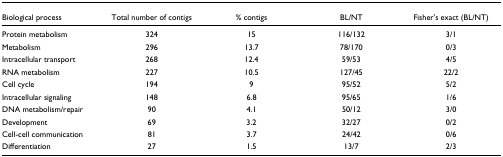
<table><thead><tr><td><b>Biological process</b></td><td><b>Total number of contigs</b></td><td><b>% contigs</b></td><td><b>BL/NT</b></td><td><b>Fisher&#x27;s exact (BL/NT)</b></td></tr></thead><tbody><tr><td>Protein metabolism</td><td>324</td><td>15</td><td>116/132</td><td>3/1</td></tr><tr><td>Metabolism</td><td>296</td><td>13.7</td><td>78/170</td><td>0/3</td></tr><tr><td>Intracellular transport</td><td>268</td><td>12.4</td><td>59/53</td><td>4/5</td></tr><tr><td>RNA metabolism</td><td>227</td><td>10.5</td><td>127/45</td><td>22/2</td></tr><tr><td>Cell cycle</td><td>194</td><td>9</td><td>95/52</td><td>5/2</td></tr><tr><td>Intracellular signaling</td><td>148</td><td>6.8</td><td>95/65</td><td>1/6</td></tr><tr><td>DNA metabolism/repair</td><td>90</td><td>4.1</td><td>50/12</td><td>3/0</td></tr><tr><td>Development</td><td>69</td><td>3.2</td><td>32/27</td><td>0/2</td></tr><tr><td>Cell-cell communication</td><td>81</td><td>3.7</td><td>24/42</td><td>0/6</td></tr><tr><td>Differentiation</td><td>27</td><td>1.5</td><td>13/7</td><td>2/3</td></tr></tbody></table>